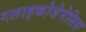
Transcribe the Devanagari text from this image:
गलाइकोजेनेसिस